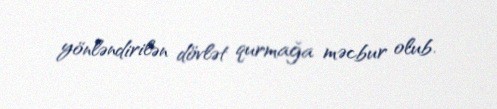
yönləndirilən dövlət qurmağa məcbur olub.